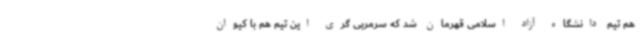
هم تیم دانشگاه آزاد اسلامی قهرمان شد که سرمربی گری این تیم هم با کیوان